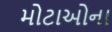
મોટાઓના